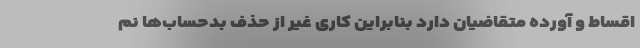
اقساط و آورده متقاضیان دارد بنابراین کاری غیر از حذف بدحساب‌ها نم